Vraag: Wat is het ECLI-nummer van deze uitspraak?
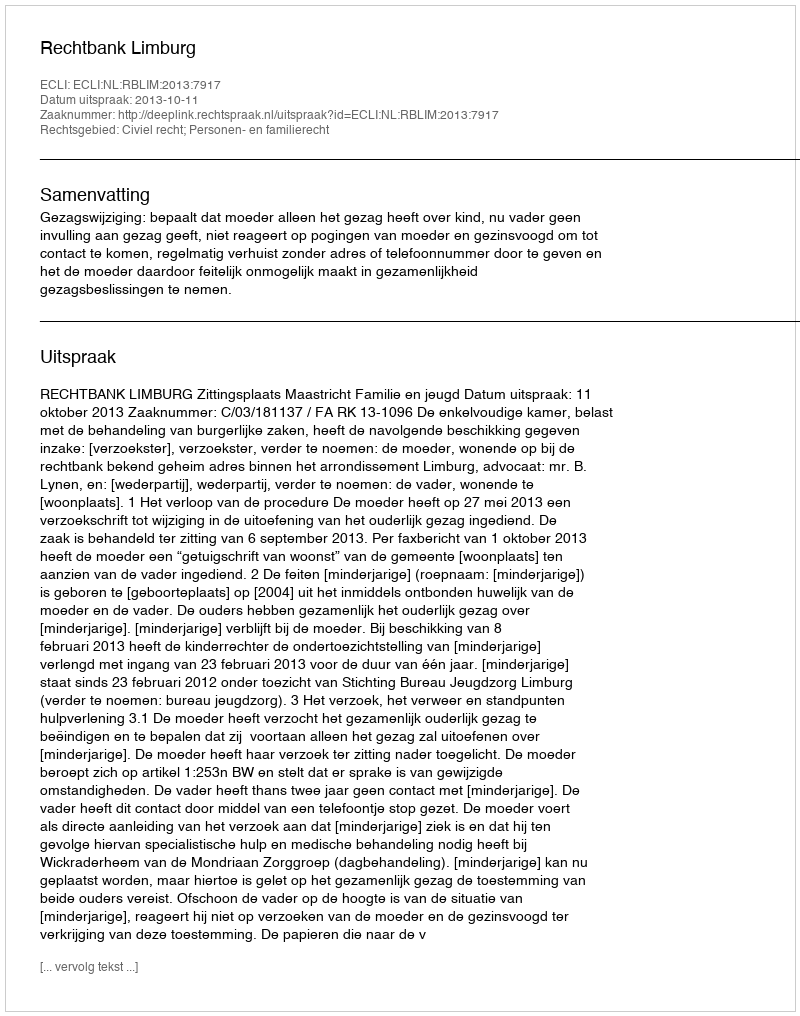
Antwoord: ECLI:NL:RBLIM:2013:7917